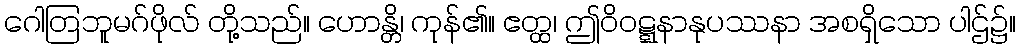
ဂေါတြဘူမဂ်ဖိုလ် တို့သည်။ ဟောန္တိ၊ ကုန်၏။ ဧတ္ထ၊ ဤဝိဝဋ္ဋနာနုပဿနာ အစရှိသော ပါဌ်၌။